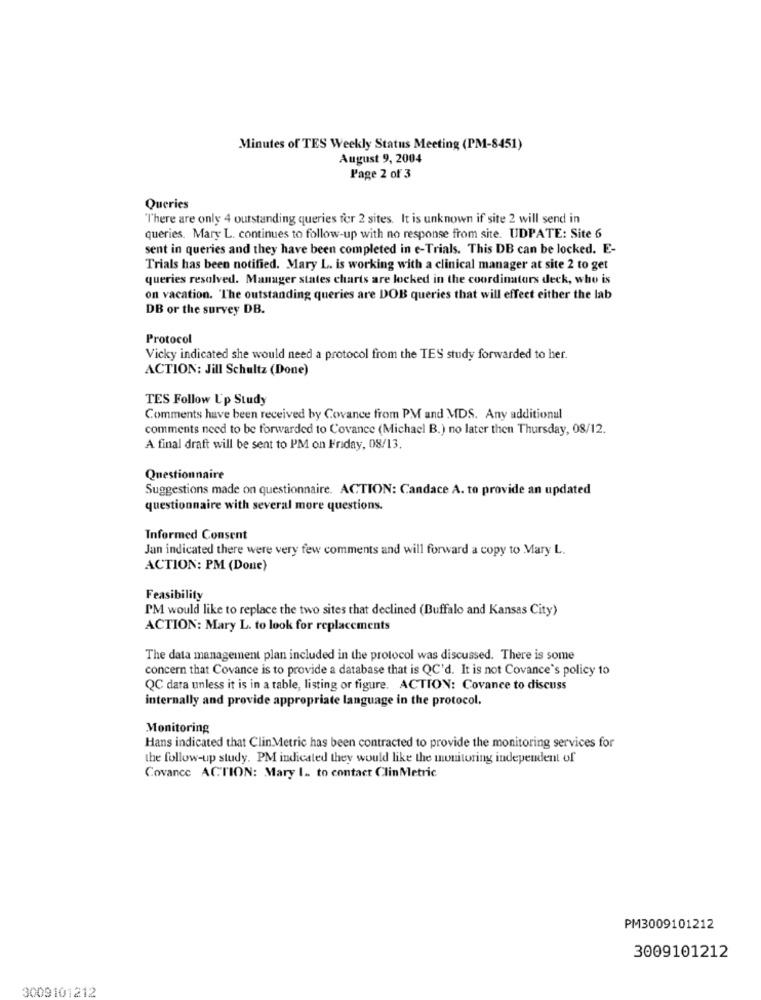
Minutes of TES Weekly Status Meeting (PM-8451)
August 9, 2004
Page 2 of 3
Queries
"There are only 4 outstanding queries for 2 sites. It is unknown if site 2 will send in
queries. Mary L. continues to follow-up with no response from site. UDPATE: Site 6
sent in queries and they have been completed in e-Trials. This DB can be locked. E-
Trials has been notified. Mary L. is working with a clinical manager at site 2 to get
queries resolved. Manager states charts are locked in the coordinators deck, who is
on vacation. 'The outstanding queries are DOB queries that will effect either the lab
DB or the survey DB.
Protocol
Vicky indicated she would need a protocol from the TES study forwarded to her.
ACTION: Jill Schultz (Done)
TES Follow Up Study
Comments have been received by Covance from PM and MDS. Any additional
comments need to be forwarded to Covance (Michael B.) no later then Thursday, 08/12.
A final draft will be sent to PM on Friday, 08/13.
Questionnaire
Suggestions made on questionnaire. ACTION: Candace A. to provide an updated
questionnaire with several more questions.
Informed Consent
Jan indicated there were very few comments and will forward a copy to Mary L.
ACTION: PM (Done)
Feasibility
PM would like to replace the two sites that declined (Buffalo and Kansas City)
ACTION: Mary L. to look for replacements
The data management plan included in the protocol was discussed. There is some
concern that Covance is to provide a database that is QC'd. It is not Covance's policy to
QC data unless it is in a table, listing or figure. ACTION: Covance to discuss
internally and provide appropriate language in the protocol.
Monitoring
Hans indicated that Clin Metric has been contracted to provide the monitoring services for
the follow-up study. PM indicated they would like the monitoring independent of
Covance ACTION: Mary I. to contact ClinMetric
PM3009101212
3009101212
3009101212